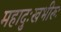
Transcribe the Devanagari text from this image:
महादुःखभीरुः